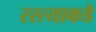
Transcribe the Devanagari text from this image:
रस्त्याकडे